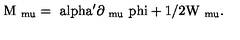
\mathrm { M _ { \ m u } = \ a l p h a ^ { \prime } \partial _ { \ m u } \ p h i + 1 / 2 W _ { \ m u } . }